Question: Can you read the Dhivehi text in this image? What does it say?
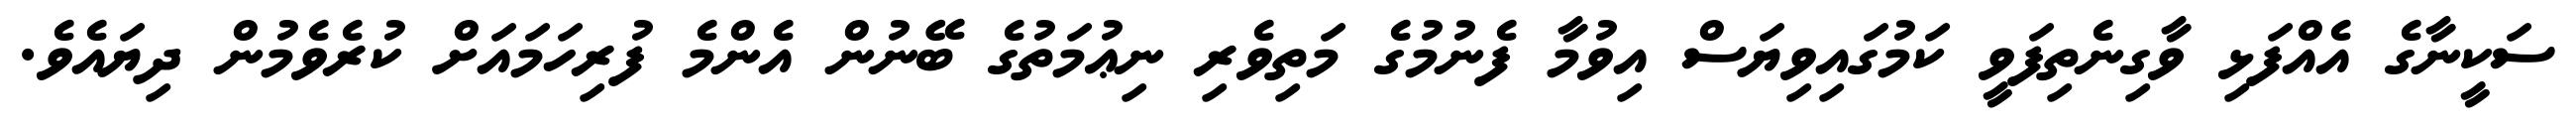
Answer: ސަކީނާގެ އެއްފަޅި ވާގިނެތިފަވީ ކަމުގައިވިޔަސް އިވުމާ ފެނުމުގެ މަތިވެރި ނިޢުމަތުގެ ބޭނުން އެންމެ ފުރިހަމައަށް ކުރެވެމުން ދިޔައެވެ.